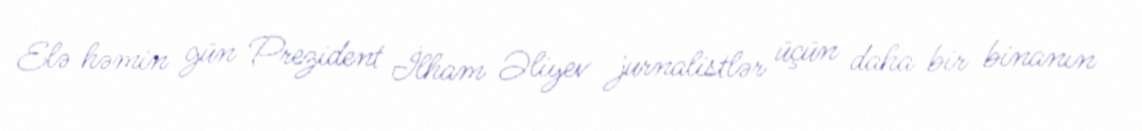
Elə həmin gün Prezident İlham Əliyev jurnalistlər üçün daha bir binanın